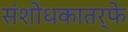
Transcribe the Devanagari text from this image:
संशोधकातर्फे